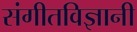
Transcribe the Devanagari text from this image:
संगीतविज्ञानी